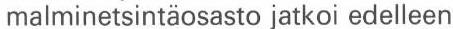
malminetsintäosasto jatkoi edelleen